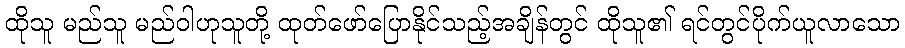
ထိုသူ မည်သူ မည်ဝါဟုသူတို့ ထုတ်ဖော်ပြောနိုင်သည့်အချိန်တွင် ထိုသူ၏ ရင်တွင်ပိုက်ယူလာသော